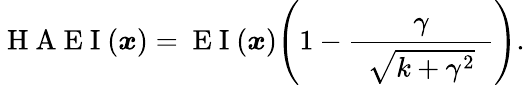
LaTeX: \mathrm{~H~A~E~I~}(\boldsymbol{x})=\mathrm{~E~I~}(\boldsymbol{x})\Bigg(1-\frac{\gamma}{\hphantom{e}\vphantom{\big|}\sqrt{k+\gamma^{2}}\hphantom{e}}\Bigg).